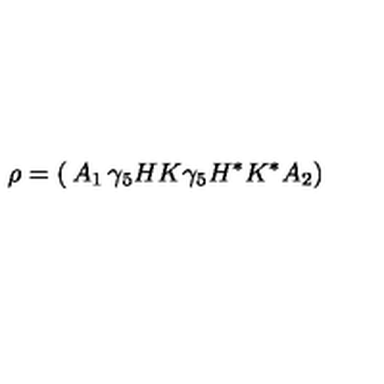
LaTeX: \rho = \left( \begin{matrix} { A _ { 1 } } & { \gamma _ { 5 } H K } \\ { \gamma _ { 5 } H ^ { * } K ^ { * } } & { A _ { 2 } } \\ \end{matrix} \right)